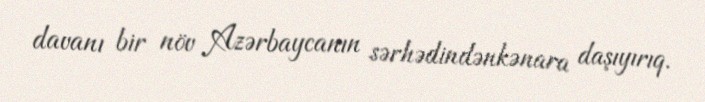
davanı bir növ Azərbaycanın sərhədindənkənara daşıyırıq.